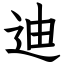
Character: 迪